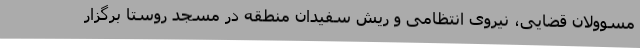
مسوولان قضایی، نیروی انتظامی و ریش سفیدان منطقه در مسجد روستا برگزار